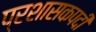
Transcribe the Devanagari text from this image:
प्रशासकपदी